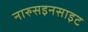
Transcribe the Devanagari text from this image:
नारुसइनसाइट